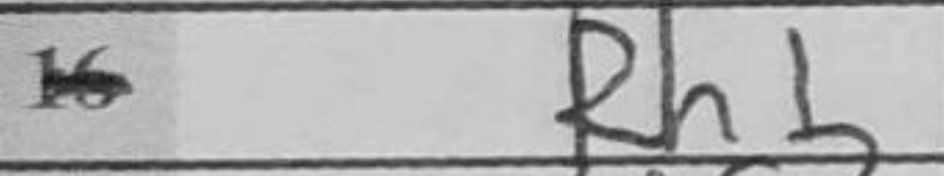
Transcription: Rh1